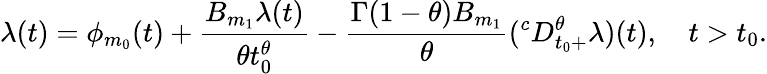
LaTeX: \lambda(t)=\phi_{m_{0}}(t)+\frac{B_{m_{1}}\lambda(t)}{\theta t_{0}^{\theta}}-\frac{\Gamma(1-\theta)B_{m_{1}}}{\theta}(^{c}D_{t_{0}+}^{\theta}\lambda)(t),\quad t>t_{0}.